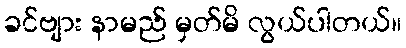
ခင်ဗျား နာမည် မှတ်မိ လွယ်ပါတယ်။